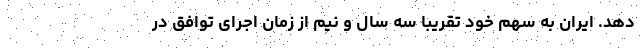
دهد. ایران به سهم خود تقریباً سه سال و نیم از زمان اجرای توافق در